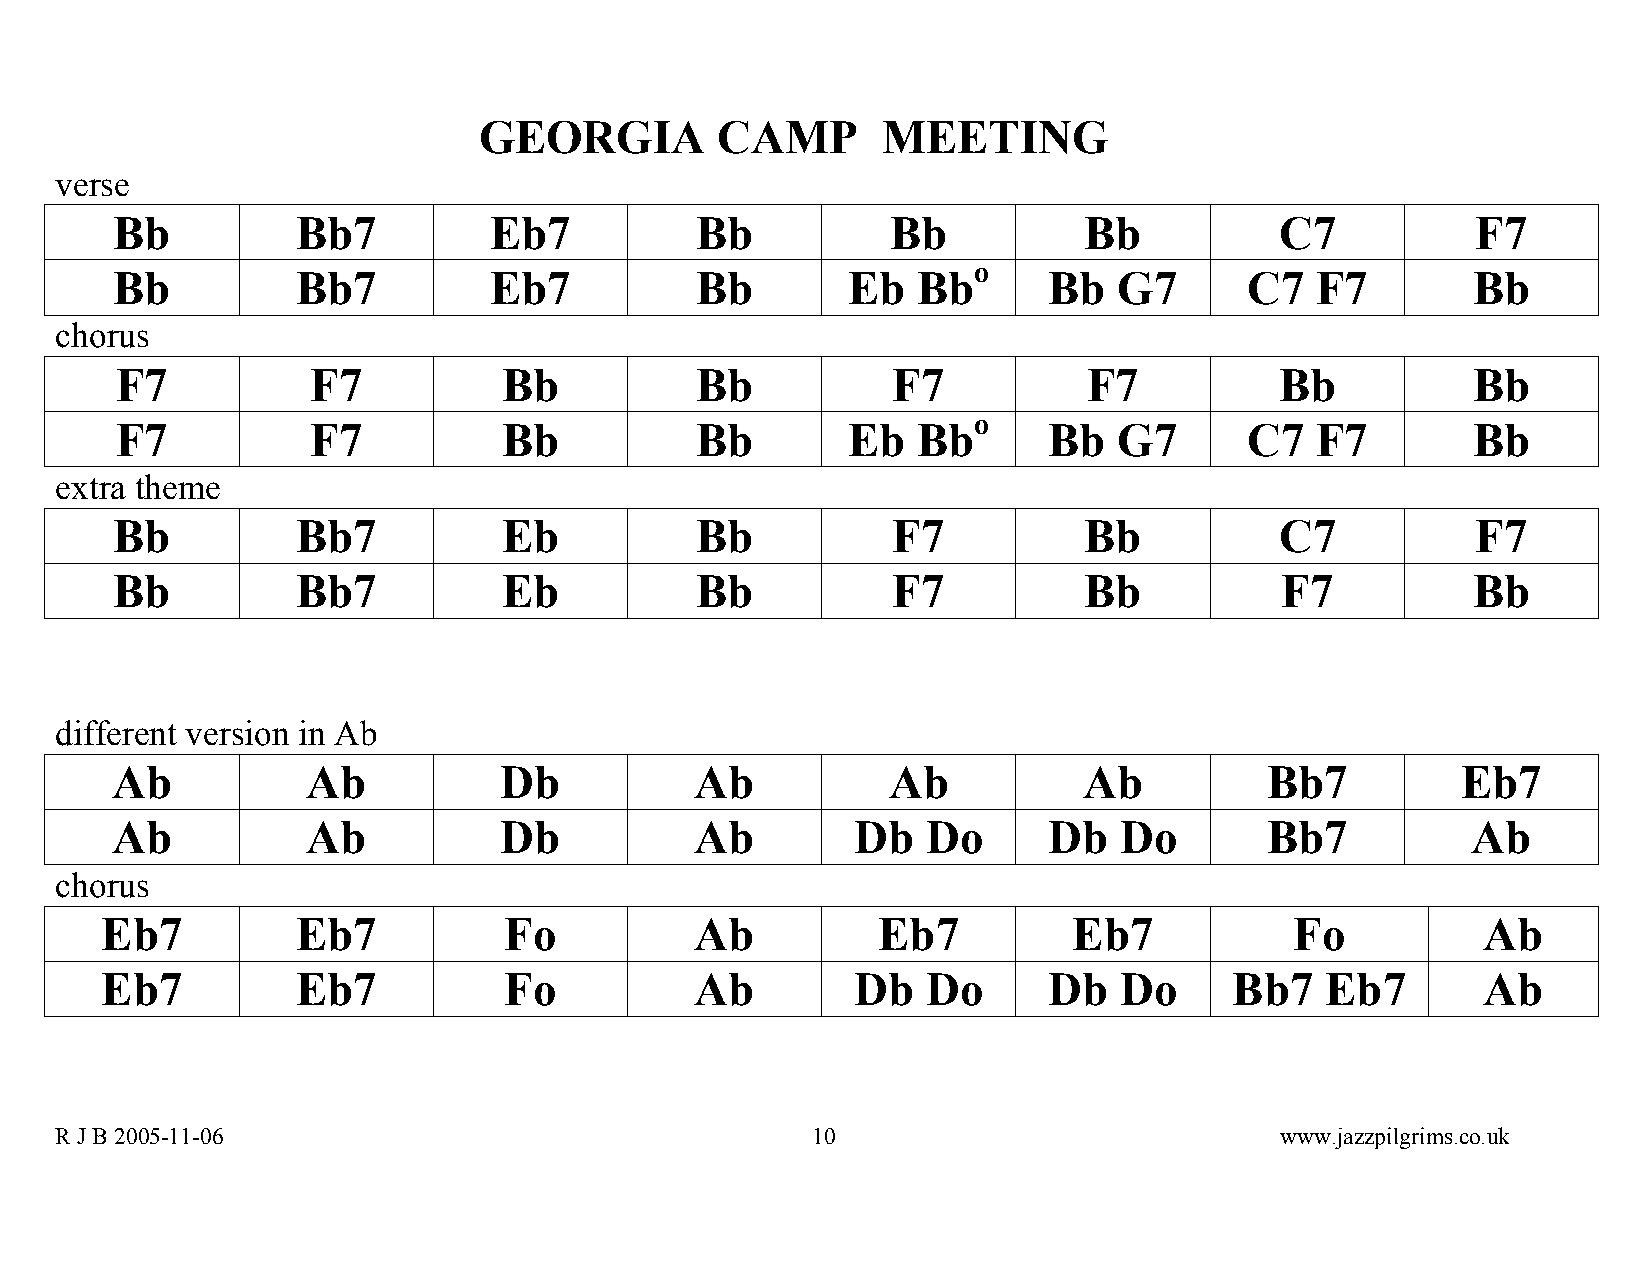
GEORGIA        CAMP       MEETING
 verse
 Bb           Bb7         Eb7           Bb           Bb           Bb           C7           F7
 o
 Bb           Bb7         Eb7           Bb        Eb   Bb      Bb   G7      C7   F7        Bb
 chorus
 F7           F7          Bb           Bb           F7           F7           Bb          Bb
 o
 F7           F7          Bb           Bb        Eb   Bb      Bb   G7      C7   F7        Bb
 extra theme
 Bb           Bb7          Eb           Bb           F7           Bb           C7           F7
 Bb           Bb7          Eb           Bb           F7           Bb           F7          Bb
 different version in Ab
 Ab           Ab           Db           Ab           Ab           Ab          Bb7          Eb7
 Ab           Ab           Db           Ab         Db  Do      Db   Do        Bb7          Ab
 chorus
 Eb7          Eb7          Fo           Ab          Eb7          Eb7            Fo          Ab
 Eb7          Eb7          Fo           Ab         Db  Do      Db   Do      Bb7   Eb7       Ab
 R J B 2005-11-06                                  1 0                            www.jazzpilgrims.co.uk